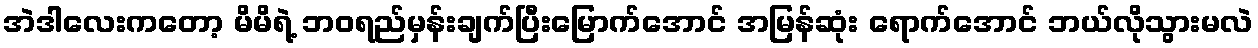
အဲဒါလေးကတော့ မိမိရဲ့ ဘဝရည်မှန်းချက်ပြီးမြောက်အောင် အမြန်ဆုံး ရောက်အောင် ဘယ်လိုသွားမလဲ